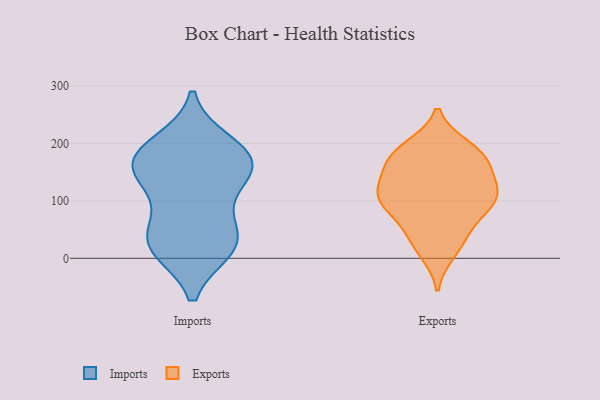
{"axis": {"x": "Headcount", "y": "Value"}, "legend": ["Exports", "Imports"], "data": [{"x": "", "y": 160, "type": "Imports"}, {"x": "", "y": 157, "type": "Imports"}, {"x": "", "y": 17, "type": "Imports"}, {"x": "", "y": 40, "type": "Imports"}, {"x": "", "y": 49, "type": "Imports"}, {"x": "", "y": 189, "type": "Imports"}, {"x": "", "y": 21, "type": "Imports"}, {"x": "", "y": 176, "type": "Imports"}, {"x": "", "y": 17, "type": "Imports"}, {"x": "", "y": 143, "type": "Imports"}, {"x": "", "y": 200, "type": "Imports"}, {"x": "", "y": 103, "type": "Imports"}, {"x": "", "y": 160, "type": "Imports"}, {"x": "", "y": 126, "type": "Exports"}, {"x": "", "y": 170, "type": "Exports"}, {"x": "", "y": 30, "type": "Exports"}, {"x": "", "y": 109, "type": "Exports"}, {"x": "", "y": 176, "type": "Exports"}, {"x": "", "y": 176, "type": "Exports"}, {"x": "", "y": 140, "type": "Exports"}, {"x": "", "y": 12, "type": "Exports"}, {"x": "", "y": 105, "type": "Exports"}, {"x": "", "y": 93, "type": "Exports"}, {"x": "", "y": 184, "type": "Exports"}, {"x": "", "y": 97, "type": "Exports"}, {"x": "", "y": 44, "type": "Exports"}, {"x": "", "y": 117, "type": "Exports"}, {"x": "", "y": 192, "type": "Exports"}, {"x": "", "y": 81, "type": "Exports"}]}